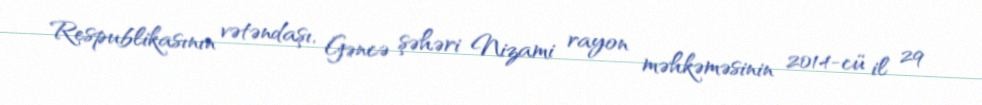
Respublikasının vətəndaşı, Gəncə şəhəri Nizami rayon məhkəməsinin 2014-cü il 29